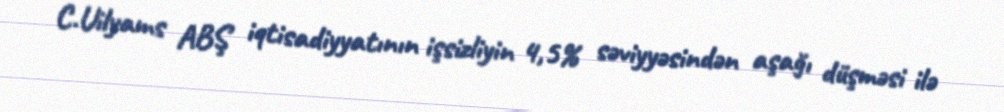
C.Uilyams ABŞ iqtisadiyyatının işsizliyin 4,5% səviyyəsindən aşağı düşməsi ilə